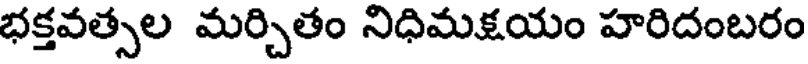
భక్తవత్సల మర్చితం నిధిమక్షయం హరిదంబరం